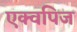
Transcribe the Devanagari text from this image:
एक्वपिज